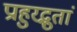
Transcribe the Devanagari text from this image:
प्राहुरद्भुतां